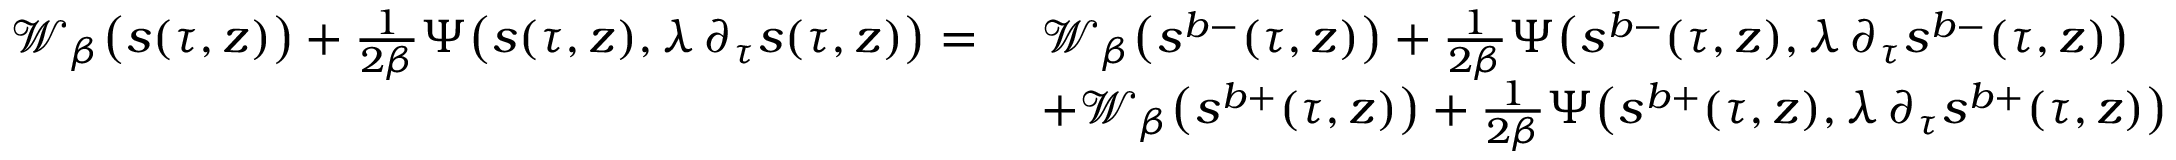
\begin{array} { r l } { \mathcal { W } _ { \beta } \big ( s ( \tau , z ) \big ) + \frac { 1 } { 2 \beta } \Psi \big ( s ( \tau , z ) , \lambda \, \partial _ { \tau } s ( \tau , z ) \big ) = } & { \ \mathcal { W } _ { \beta } \big ( s ^ { b - } ( \tau , z ) \big ) + \frac { 1 } { 2 \beta } \Psi \big ( s ^ { b - } ( \tau , z ) , \lambda \, \partial _ { \tau } s ^ { b - } ( \tau , z ) \big ) } \\ & { \ + \mathcal { W } _ { \beta } \big ( s ^ { b + } ( \tau , z ) \big ) + \frac { 1 } { 2 \beta } \Psi \big ( s ^ { b + } ( \tau , z ) , \lambda \, \partial _ { \tau } s ^ { b + } ( \tau , z ) \big ) } \end{array}